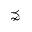
\precnsim